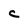
Character: C